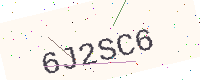
Text: 6J2SC6